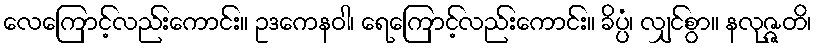
လေကြောင့်လည်းကောင်း။ ဥဒကေနဝါ၊ ရေကြောင့်လည်းကောင်း။ ခိပ္ပံ၊ လျှင်စွာ။ နလုဇ္ဇတိ၊